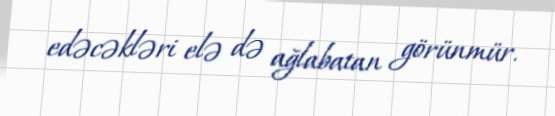
edəcəkləri elə də ağlabatan görünmür.